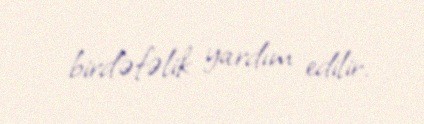
birdəfəlik yardım edilir.